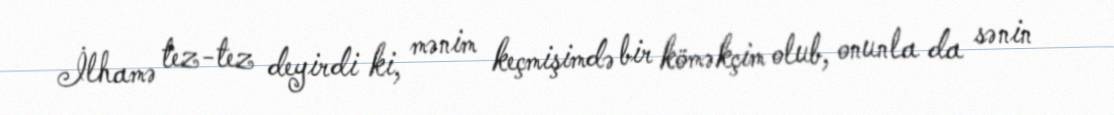
İlhamə tez-tez deyirdi ki, mənim keçmişimdə bir köməkçim olub, onunla da sənin